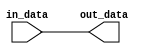
module io_buffer (
  input wire in_data,
  output wire out_data
);

assign out_data = in_data;

endmodule